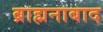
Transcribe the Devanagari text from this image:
ब्राह्मनाबाद